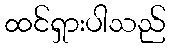
ထင်ရှားပါသည်